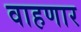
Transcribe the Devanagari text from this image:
वाहणार